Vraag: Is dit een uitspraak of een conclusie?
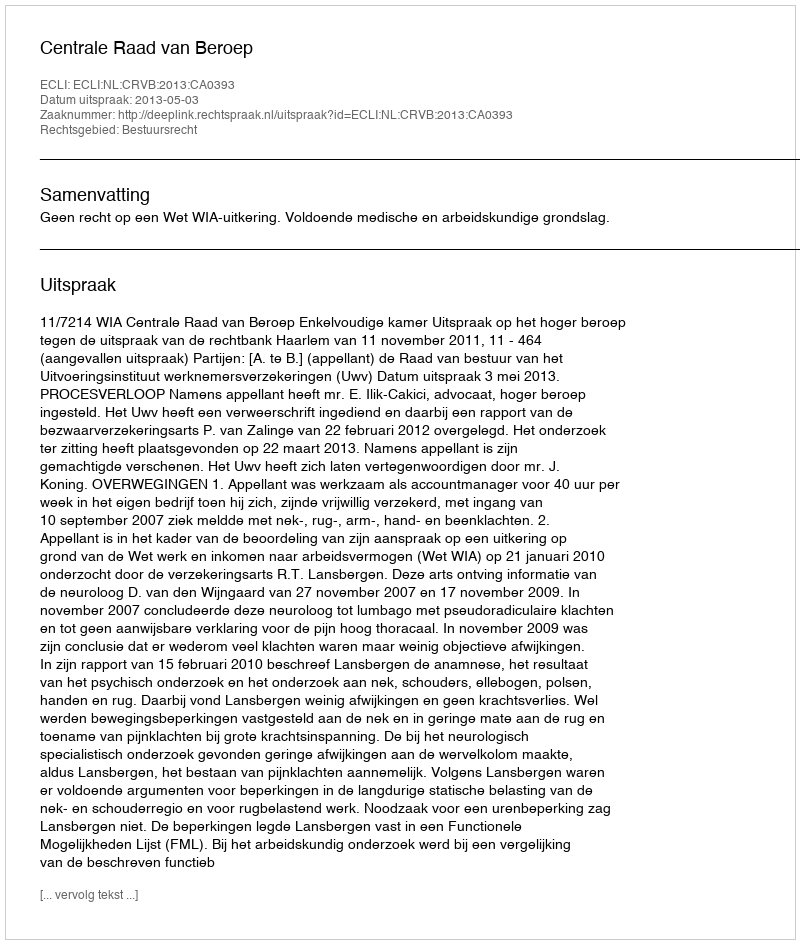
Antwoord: Uitspraak